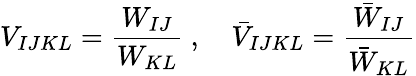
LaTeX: V_{IJKL}=\frac{W_{IJ}}{W_{KL}}~,\quad\bar{V}_{IJKL}=\frac{\bar{W}_{IJ}}{\bar{W}_{KL}}